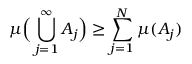
\mu { \Big ( } \bigcup _ { j = 1 } ^ { \infty } A _ { j } { \Big ) } \geq \sum _ { j = 1 } ^ { N } \mu ( A _ { j } )